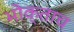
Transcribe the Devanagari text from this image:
भोक्ताच